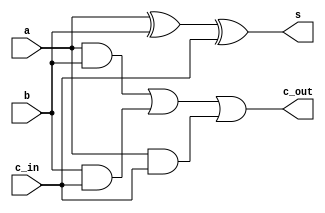
`timescale 1ns / 1ps
//////////////////////////////////////////////////////////////////////////////////
// Company: 
// Engineer: 
// 
// Design Name: 
// Module Name: full_adder
// Project Name: 
// Target Devices: 
// Tool Versions: 
// Description: 
// 
// Dependencies: 
// 
// Revision:
// Revision 0.01 - File Created
// Additional Comments:
// 
//////////////////////////////////////////////////////////////////////////////////


module full_adder(
    input a,
    input b,
    input c_in,
    output s,
    output c_out
    );
    //assign logic for s
    assign s = a^b^c_in;
    
    //assign logic for c_out
    assign c_out = (a&b)|(b&c_in)|(a&c_in);    
    
endmodule